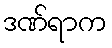
ဒဏ်ရာက